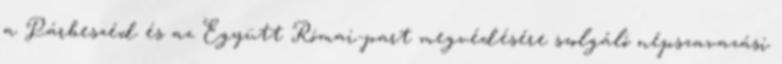
a Párbeszéd és az Együtt Római-part megvédésére szolgáló népszavazási